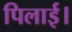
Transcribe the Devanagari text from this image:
पिलाई।